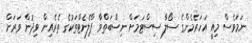
ނަމަވެސް މިއީ އަހަރެމެންގެ ސޯލާ ސިސްޓަމަށް ނިސްބަތްވާ ޕްލެނެޓްތަކުގެ ތެރެއިން ވިދުން ވަރަށް